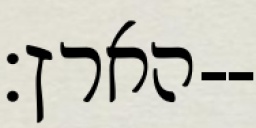
הארץ׃--